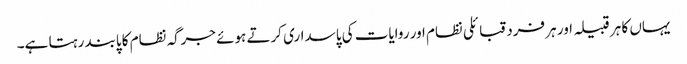
یہاں کا ہر قبیلہ اور ہر فرد قبائلی نظام اور روایات کی پاسداری کرتے ہوئے جرگہ نظام کا پابند رہتا ہے۔